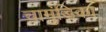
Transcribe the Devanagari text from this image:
चामुंडिका